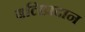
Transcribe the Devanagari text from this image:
बलिप्रदान